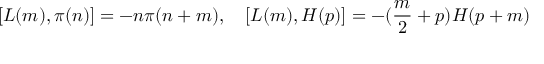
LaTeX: [ L ( m ) , \pi ( n ) ] = - n \pi ( n + m ) , \quad [ L ( m ) , H ( p ) ] = - ( \frac { m } { 2 } + p ) H ( p + m )